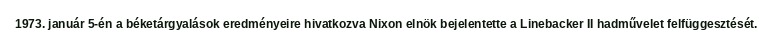
1973. január 5-én a béketárgyalások eredményeire hivatkozva Nixon elnök bejelentette a Linebacker II hadművelet felfüggesztését.